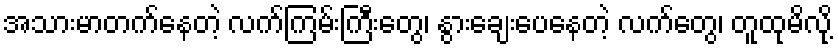
အသားမာတက်နေတဲ့ လက်ကြမ်းကြီးတွေ၊ နွားချေးပေနေတဲ့ လက်တွေ၊ တူထုမိလို့